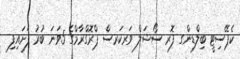
ކެޕޭސިޓީ ބިލްޑިންގ ފޮރ ސޯޝަލް ވަރކަރސް ޕްރޮގްރާމްގެ 5ވަނަ ބުރު ފަށައިފި